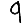
Digit: 9